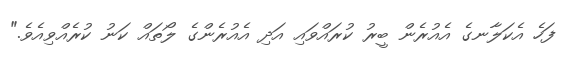
ފަހެ އެކަލާނގެ އެއުރެން ބީރު ކުރައްވައި އަދި އެއުރެންގެ ލޯތައް ކަނު ކުރެއްވިއެވެ."